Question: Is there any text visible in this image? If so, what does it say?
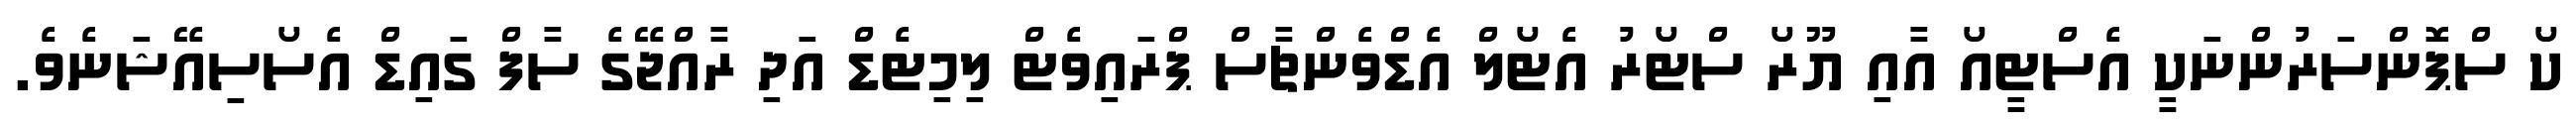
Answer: ކޯ ސްޕޮންސަރުންނަކީ އެސްޓީއޯ އާއި ޔޫރޯ ސްޓޯރު އެޓޯލް އެޑްވެންޗާސް ޕްރައިވެޓް ލިމިޓެޑް އަދި ރާއްޖޭގެ ސާފް ގައިޑް އެސޯސިއޭޝަނެވެ.